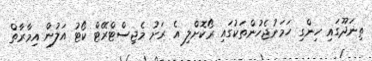
ތިނަދޫގައި ހިންގި ހަމަނުޖެހުންތަކުގައި ރޯކޮށްލި އެ ރަށު މެޖިސްޓްރޭޓް ކޯޓު އަލުން އިމާރާތް